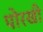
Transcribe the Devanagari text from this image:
पोरखी